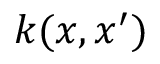
k ( x , x ^ { \prime } )